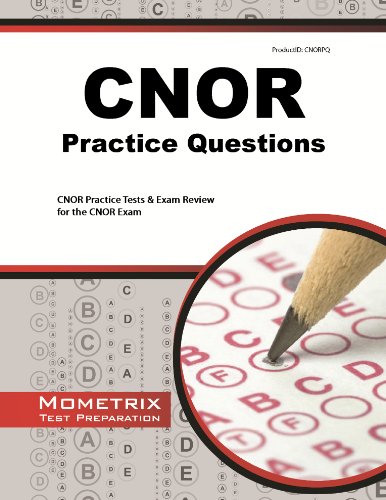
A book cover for CNOR Exam Practice Questions: CNOR Practice Tests & Review for the CNOR Exam; CNOR Exam Secrets Test Prep Team; Test Preparation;